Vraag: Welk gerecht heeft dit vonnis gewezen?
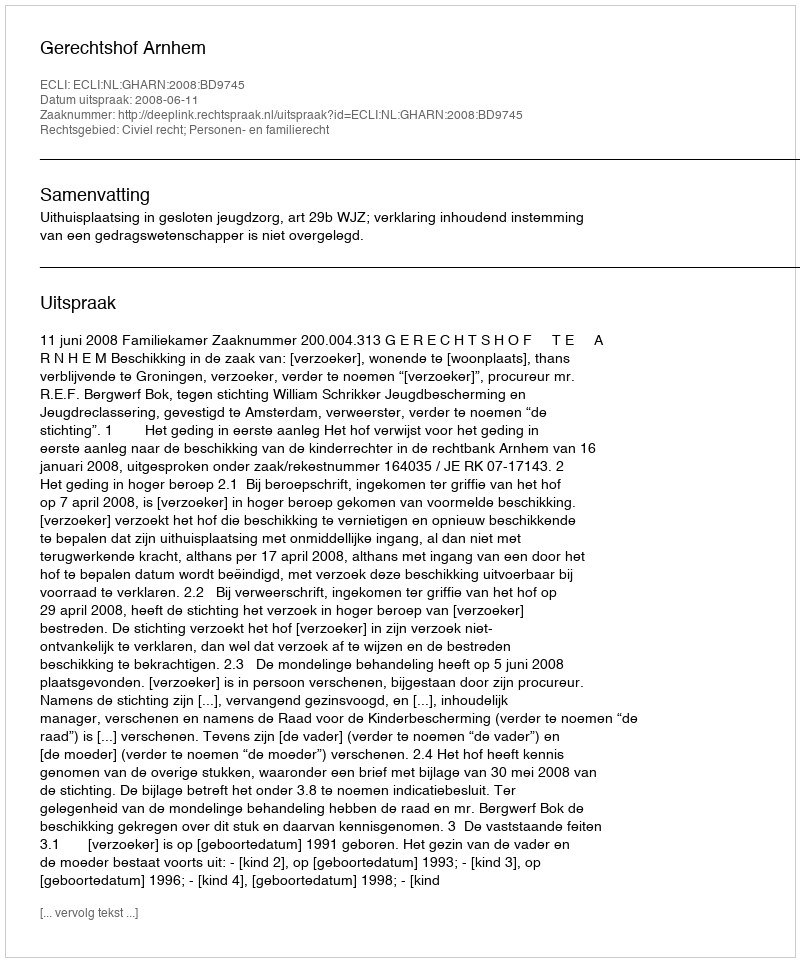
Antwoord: Gerechtshof Arnhem